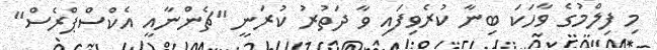
މި ފިލްމުގެ ވާހަކަ ބިނާ ކުރެވިފައި ވާ ދަތުރު ކުރަނީ "ޗެންނާއީ އެކްސްޕްރެސް"